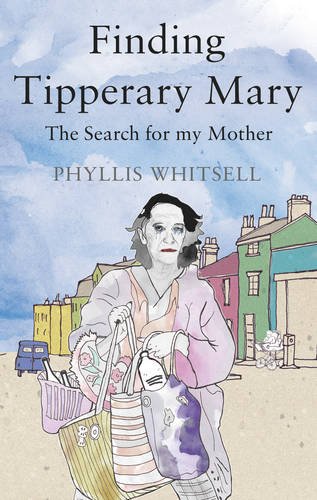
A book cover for Finding Tipperary Mary: The Search for My Mother; Phyllis Whitsell; Parenting & Relationships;